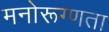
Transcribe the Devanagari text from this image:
मनोरूग्णता